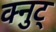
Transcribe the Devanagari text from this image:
क्नुट्